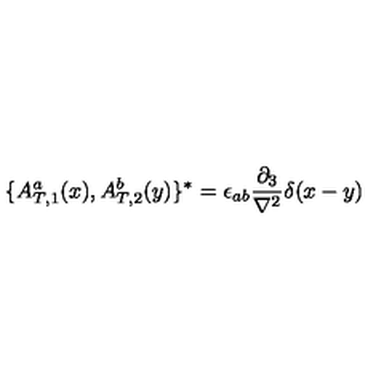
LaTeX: \{ { A _ { T , 1 } ^ { a } } ( x ) , { A _ { T , 2 } ^ { b } } ( y ) \} ^ { * } = \epsilon _ { a b } \frac { \partial _ { 3 } } { \nabla ^ { 2 } } \delta ( x - y )